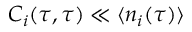
C _ { i } ( \tau , \tau ) \ll \langle n _ { i } ( \tau ) \rangle